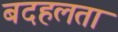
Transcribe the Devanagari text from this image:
बदहलता